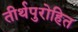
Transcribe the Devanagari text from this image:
तीर्थपुरोहित